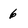
Character: 6